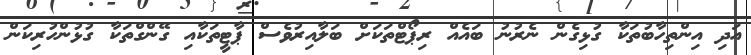
އަދި އިންތިހާބުތަކާ ގުޅިގެން ނެރުނު ބައެއް ރިޕޯޓްތަކަށް ބަލާއިރުވެސް ޕާޓީތަކާއި ގޭންގްތަކާ ގުޅުންހުރިކަން